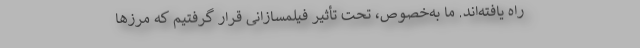
راه یافته‌اند. ما به‌خصوص، تحت تأثیر فیلمسازانی قرار گرفتیم که مرزها